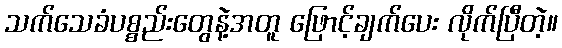
သက်သေခံပစ္စည်းတွေနဲ့အတူ ဖြောင့်ချက်ပေး လိုက်ပြီတဲ့။